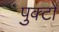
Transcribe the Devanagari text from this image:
पुक्टो